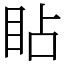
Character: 䀡